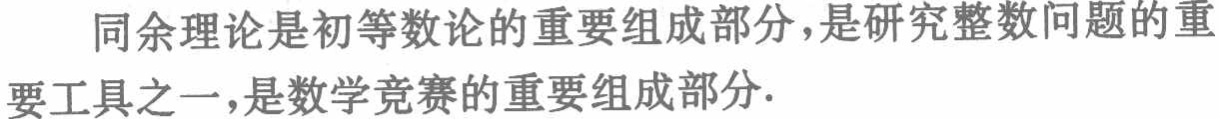
同余理论是初等数论的重要组成部分，是研究整数问题的重要工具之一，是数学竞赛的重要组成部分.